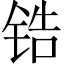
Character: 锆